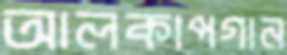
আলকাপগান